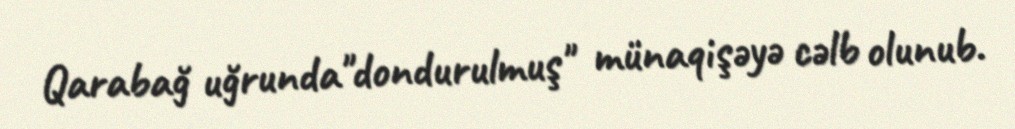
Qarabağ uğrunda"dondurulmuş" münaqişəyə cəlb olunub.